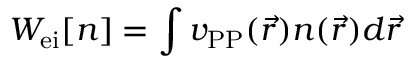
W _ { \mathrm { e i } } [ n ] = \int v _ { \mathrm { P P } } ( \vec { r } ) n ( \vec { r } ) d \vec { r }